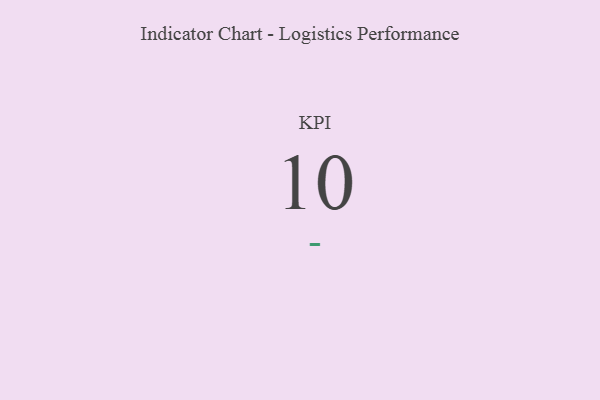
{"axis": {"x": "KPI", "y": "Value"}, "legend": [""], "data": [{"x": "KPI", "y": 10, "type": ""}]}